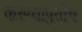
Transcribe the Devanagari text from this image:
करण्यापुरतेच